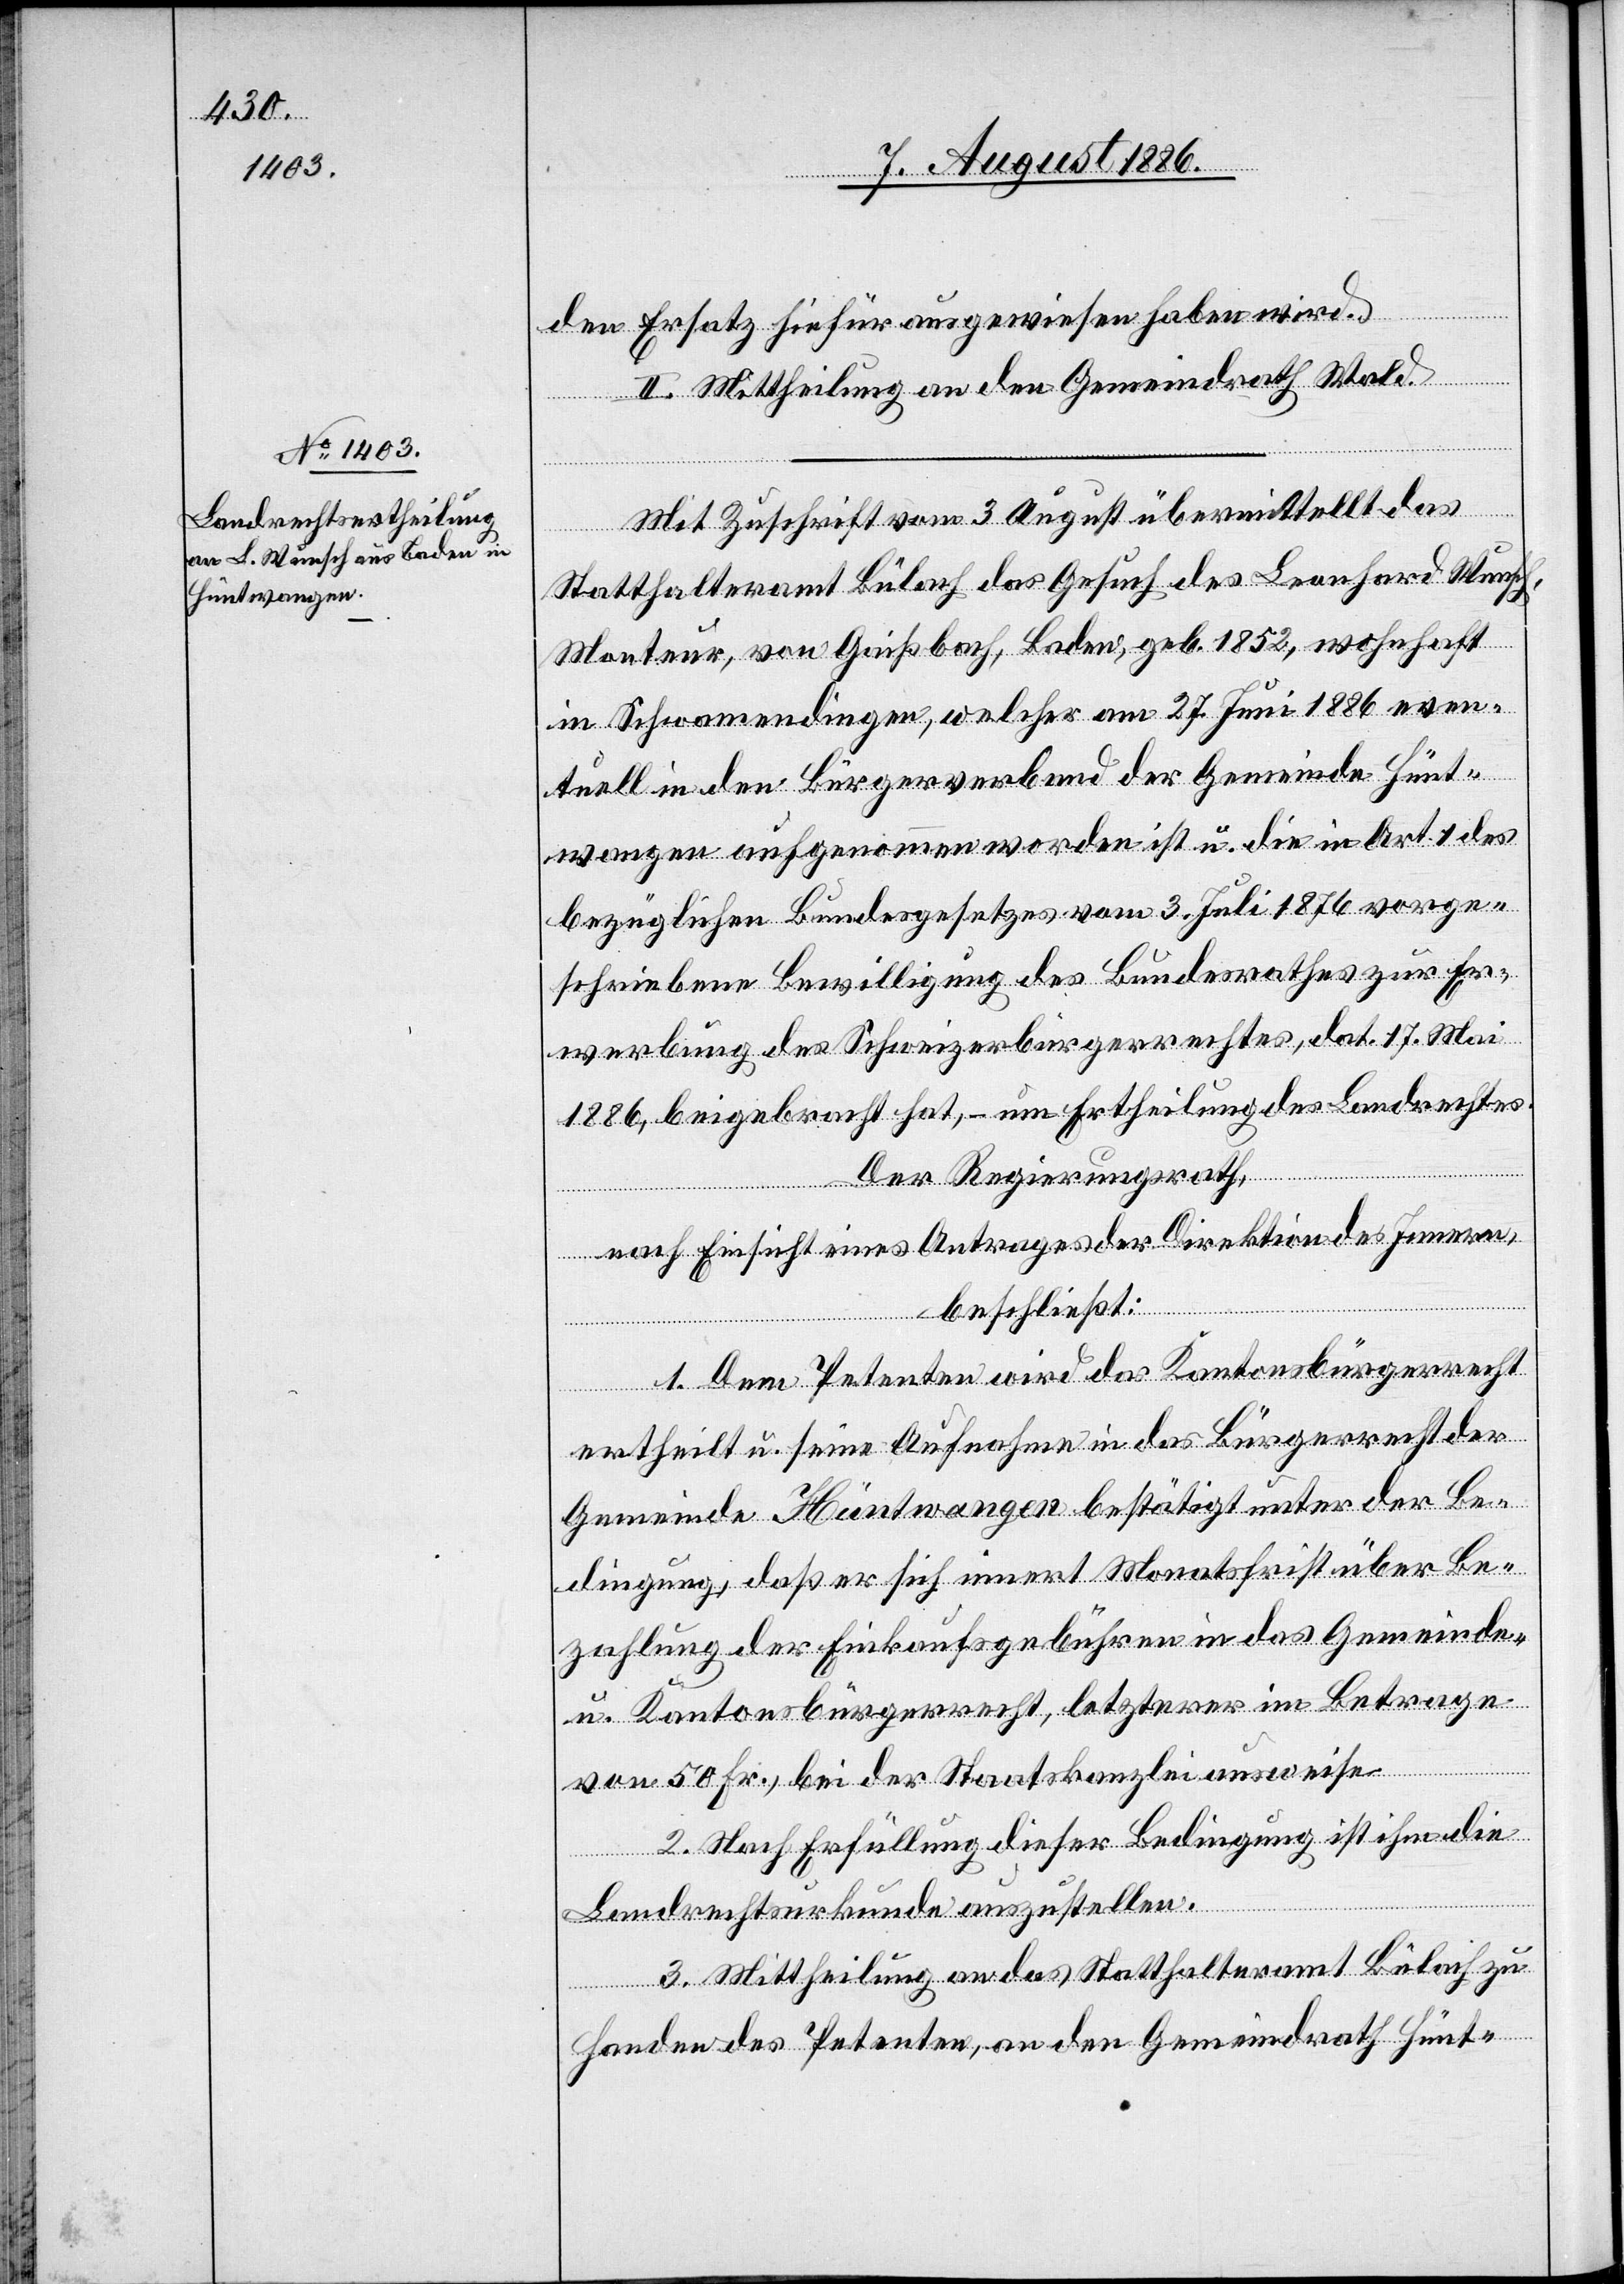
den Ersatz hiefür ausgewiesen haben wird.
II. Mittheilung an den Gemeindrath Wald.
Mit Zuschrift vom 3. August übermittelt das
Statthalteramt Bülach das Gesuch des Leonhard Wunsch,
Monteur, von Gaißbach, Baden, geb. 1852, wohnhaft
in Schwamendingen, welcher am 27. Juni 1886 even¬
tuell in den Bürgerverband der Gemeinde Hünt¬
wangen aufgenommen worden ist u. die in Art. 1 des
bezüglichen Bundesgesetzes vom 3. Juli 1876 vorge¬
schriebene Bewilligung des Bundesrathes zur Er¬
werbung des Schweizerbürgerrechtes, dat. 17. Mai
1886, beigebracht hat, – um Ertheilung des Landrechtes.
Der Regierungsrath,
nach Einsicht eines Antrages der Direktion des Innern,
beschließt:
1. Dem Petenten wird das Kantonbürgerrecht
ertheilt u. seine Aufnahme in das Bürgerrecht der
Gemeinde Hüntwangen bestätigt unter der Be¬
dingung, daß er sich innert Monatsfrist über Be¬
zahlung der Einkaufsgebühren in das Gemeinde-
u. Kantonsbürgerrecht, letzterer im Betrage
von 50 Fr., bei der Staatskanzlei ausweise.
2. Nach Erfüllung dieser Bedingung ist ihm die
Landrechtsurkunde auszustellen.
3. Mittheilung an das Statthalteramt Bülach zu
Handen des Petenten, an den Gemeindrath Hünt-